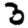
Digit: 3